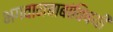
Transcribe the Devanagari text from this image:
भगवानबाबांविषयी